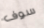
سوف